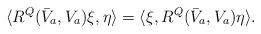
LaTeX: \begin{align*}\langle R^Q(\bar V_a,V_a)\xi,\eta\rangle = \langle\xi,R^Q(\bar V_a,V_a)\eta\rangle.\end{align*}